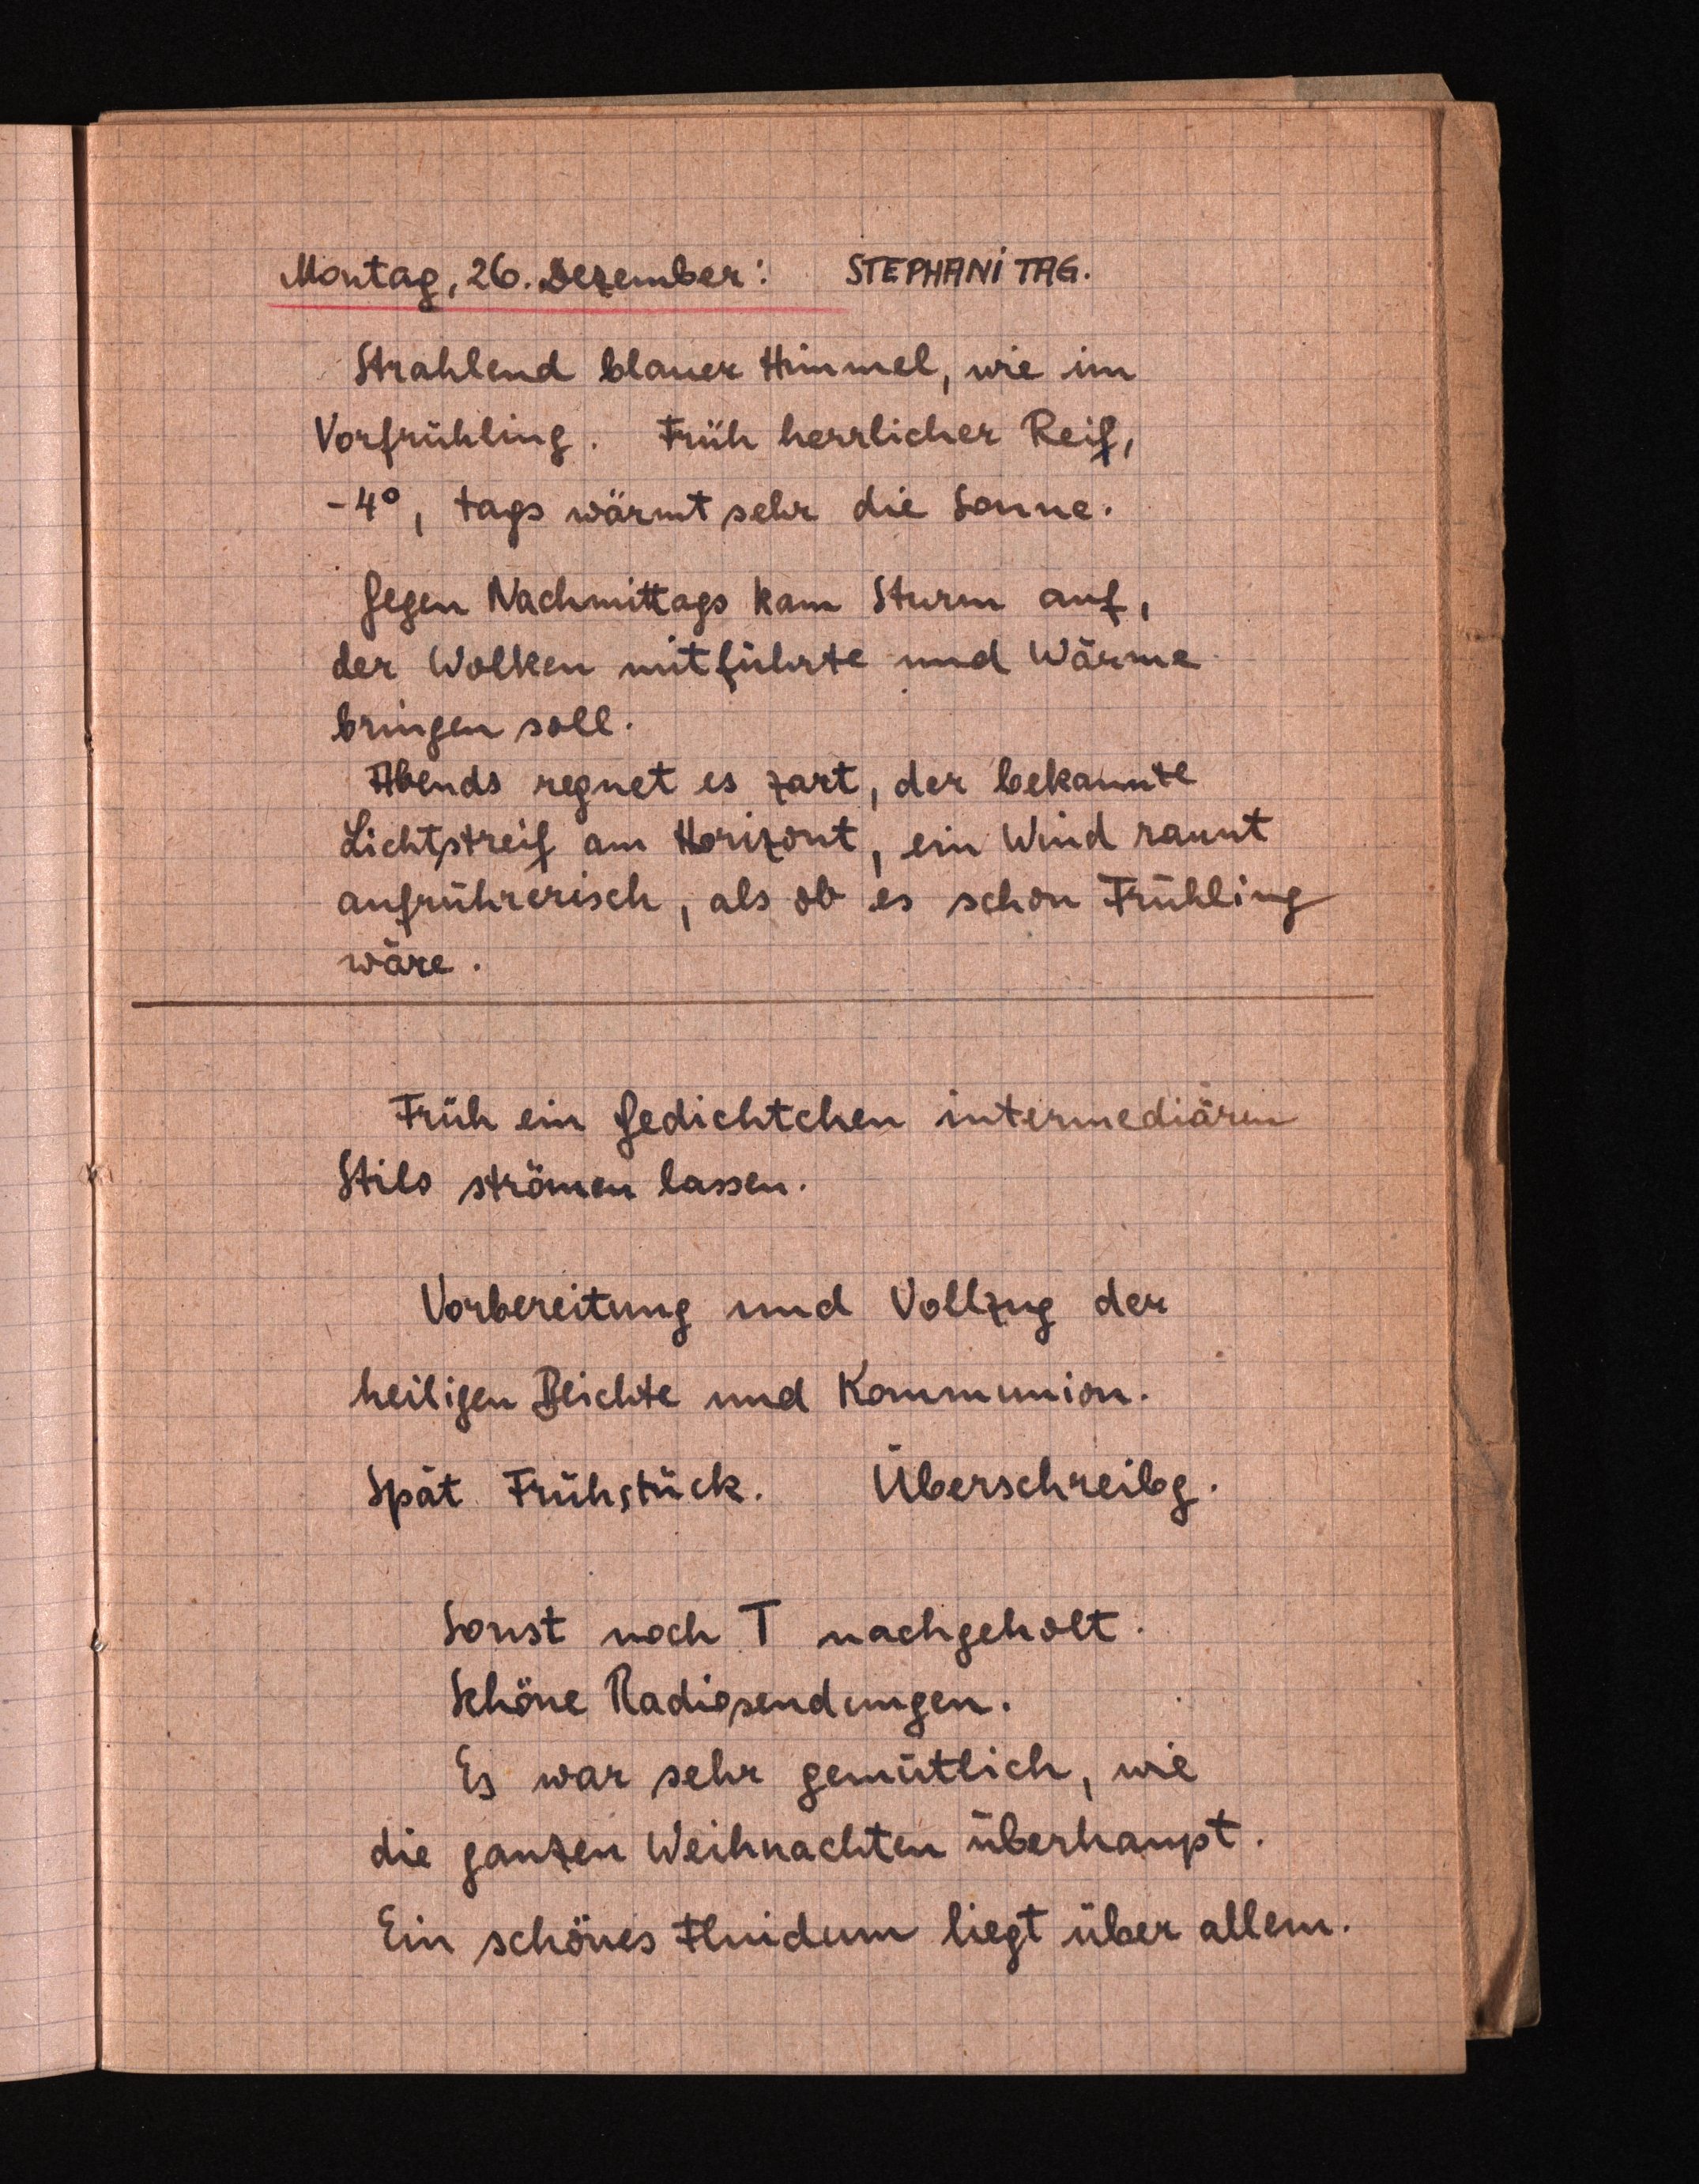
Montag, 26.Dezember: STEPHANITAG.
Strahlend blauer Himmel, wie im
Vorfrühling. Früh herrlicher Reif,
-4°,tags wärmt sehr die Sonne.
Gegen  kam Sturm auf,
der Wolken mitführte und Wärme
bringensoll.
Abends regnet es zart, der bekannte
Lichtstreif am Horizont, ein Wind raunt
aufrührerisch, als ob es schon Frühling
wäre.
Früh ein Gedichtchen intermediären
Stils strömen lassen.
Vorbereitung und Vollzug der
heiligen Beichte und Kommunion.
SpätFrühstück. Überschreibg.
Sonst noch T nachgeholt.
Schöne Radiosendungen.
Es war sehr gemütlich, wie
die ganzen Weihnachten überhaupt.
Einschönes Fluidum liegt über allem.